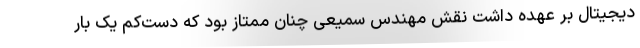
دیجیتال بر عهده داشت نقش مهندس سمیعی چنان ممتاز بود که دست‌کم یک بار